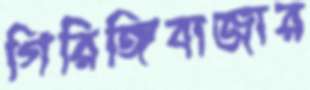
গিরিঙ্গিবাজার